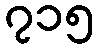
၇၁၅